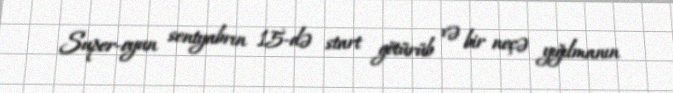
Super-oyun sentyabrın 15-də start götürüb və bir neçə yığılmanın